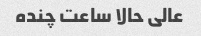
عالی حالا ساعت چنده